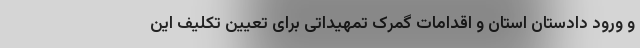
و ورود دادستان استان و اقدامات گمرک تمهیداتی برای تعیین تکلیف این